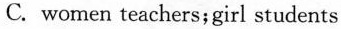
C. women teachers;girl students